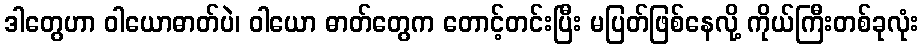
ဒါတွေဟာ ဝါယောဓာတ်ပဲ၊ ဝါယော ဓာတ်တွေက တောင့်တင်းပြီး မပြတ်ဖြစ်နေလို့ ကိုယ်ကြီးတစ်ခုလုံး